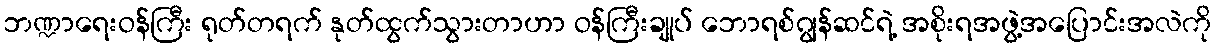
ဘဏ္ဍာရေးဝန်ကြီး ရုတ်တရက် နုတ်ထွက်သွားတာဟာ ဝန်ကြီးချုပ် ဘောရစ်ဂျွန်ဆင်ရဲ့ အစိုးရအဖွဲ့အပြောင်းအလဲကို